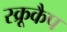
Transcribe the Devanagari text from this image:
स्क्रूकैप